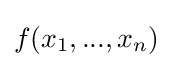
f(x_{1},...,x_{n})